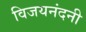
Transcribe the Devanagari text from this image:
विजयनंदनी